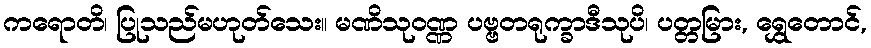
ကရောတိ၊ ပြုသည်မဟုတ်သေး။ မဏိသုဝဏ္ဏ ပဗ္ဗတရုက္ခာဒီသုပိ၊ ပတ္တမြား, ရွှေတောင်,